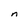
Character: n